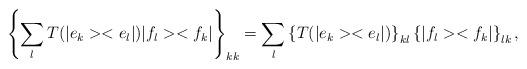
LaTeX: \begin{align*}\left\lbrace \sum_l T(|e_k><e_l|) |f_l><f_k| \right\rbrace _{kk} = \sum_l \left\lbrace T(|e_k><e_l|) \right\rbrace _{kl}\left\lbrace |f_l><f_k| \right\rbrace_{lk}, \end{align*}